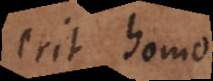
erit homo.